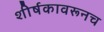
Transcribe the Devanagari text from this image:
शीर्षकावरूनच